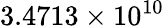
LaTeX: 3.4713\times 10^{10}